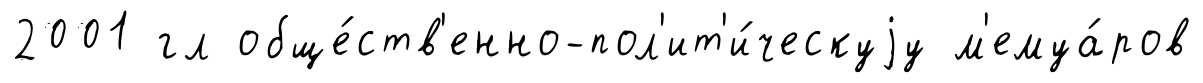
2001 гл обще́ств'енно-пол'ит'и́ческуjу м'емуа́ров